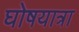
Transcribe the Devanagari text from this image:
घोषयात्रा